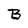
Character: B